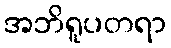
အဘိရူပတရာ